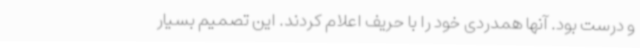
و درست بود. آنها همدردی خود را با حریف اعلام کردند. این تصمیم بسیار